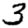
Digit: 3